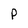
Character: P